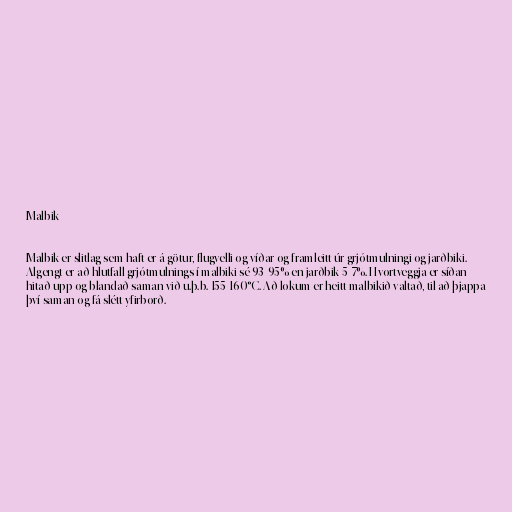
Malbik

Malbik er slitlag sem haft er á götur, flugvelli og víðar og framleitt úr grjótmulningi og jarðbiki.
Algengt er að hlutfall grjótmulnings í malbiki sé 93-95% en jarðbik 5-7%. Hvortveggja er síðan
hitað upp og blandað saman við u.þ.b. 155-160°C. Að lokum er heitt malbikið valtað, til að þjappa
því saman og fá slétt yfirborð.